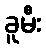
ခူမီး